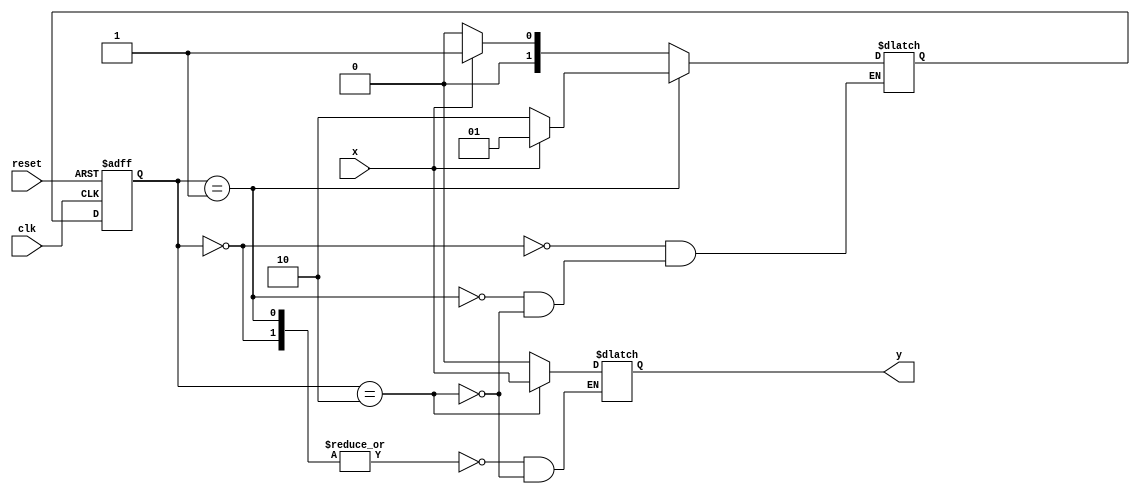
module B220019CS_ARUN_1(
output reg y,
input x,
clk,
reset
);

reg [1:0] state,next_state;
parameter s0 = 2'b00, s1 = 2'b01, s2 = 2'b10 ;

always@(posedge clk,negedge reset)begin

if (reset==0) state <= s0;
else state<=next_state;

end

always @ (state, x)begin

case (state)

s0:begin
if (x) next_state = s1; else next_state = s0;
end

s1:begin
if (x) next_state = s1; else next_state = s2;
end

s2:begin
if (x) next_state = s1; else next_state = s0;
end

endcase
end

always @ (state, x)begin

case (state)

s0,s1:y = 0;

s2: y = x;

endcase
end
endmodule